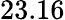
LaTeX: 23.16